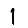
Digit: 1